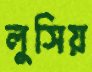
লুসিয়